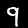
Digit: 9